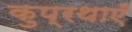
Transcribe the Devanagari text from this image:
कुप्रथाएँ